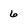
Character: 6